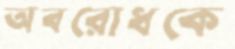
অবরোধকে